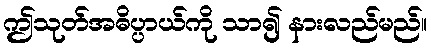
ဤသုတ်အဓိပ္ပာယ်ကို သာ၍ နားလည်မည်။